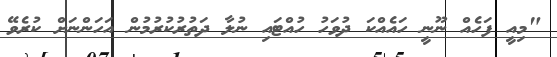
"މިއީ ފަހެއް ނޫނީ ހައެއްކަ ދުވަހު ހުއްޓައި ނުލާ ދަތުރުކުރުމުން އަހަންނަށް ކުރެވޭ